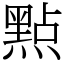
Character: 㸃